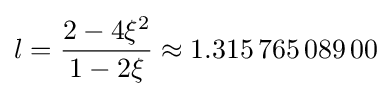
l={\frac {2-4\xi ^{2}}{1-2\xi }}\approx 1.315\,765\,089\,00